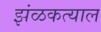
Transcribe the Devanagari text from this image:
झंळकत्याल